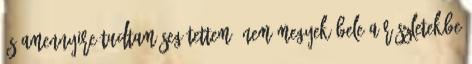
és amennyire tudtam segítettem. Nem megyek bele a részletekbe